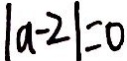
\vert a - 2 \vert = 0